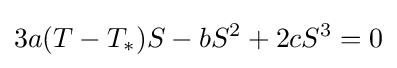
3a(T-T_{*})S-bS^{2}+2cS^{3}=0